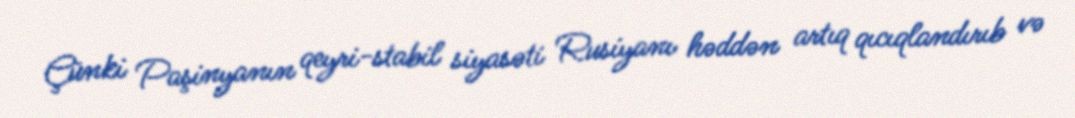
Çünki Paşinyanın qeyri-stabil siyasəti Rusiyanı həddən artıq qıcıqlandırıb və